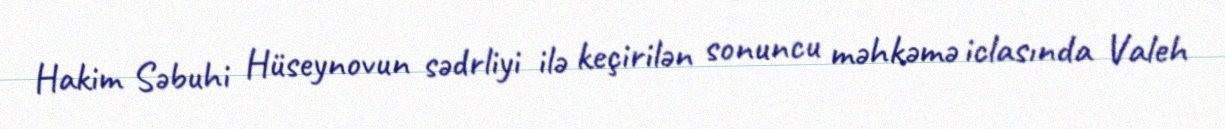
Hakim Səbuhi Hüseynovun sədrliyi ilə keçirilən sonuncu məhkəmə iclasında Valeh